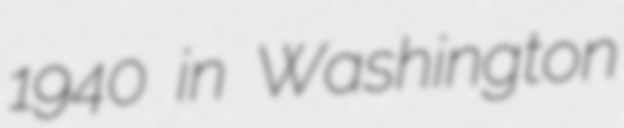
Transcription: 1940 in Washington